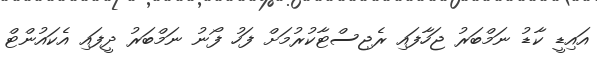
އައިޑީ ކާޑު ނަމްބަރު ޖަހާފައި ރެޖިސްޓާކުރުމަށް ފަހު ފޯނު ނަމްބަރު ދީފައި އެކައުންޓް